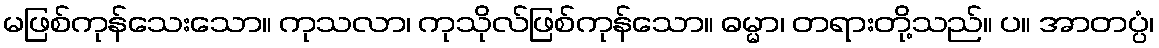
မဖြစ်ကုန်သေးသော။ ကုသလာ၊ ကုသိုလ်ဖြစ်ကုန်သော။ ဓမ္မာ၊ တရားတို့သည်။ ပ။ အာတပ္ပံ၊